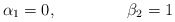
\begin{align*}\alpha_1=0,\ \ \ \ \ \ \ \ \ \ \ \ \ \beta_2=1\end{align*}